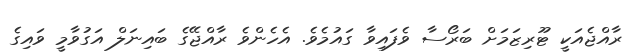
ރާއްޖެއަކީ ޓޫރިޒަމަށް ބަރޯސާ ވެފައިވާ ގައުމެވެ. އެހެންވެ ރާއްޖޭގެ ބައިނަލް އަގުވާމީ ވައިގެ